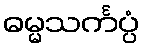
ဓမ္မသင်္ကပ္ပံ